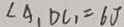
\angle A _ { 1 } D C _ { 1 } = 6 J